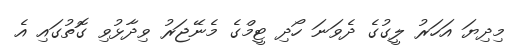
މިދިޔަ އަހަރު ލީގުގެ ދެވަނަ ހޯދި ޓީމްގެ މެނޭޖަރު ވިދާޅުވި ގޮތުގައި އެ